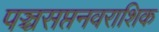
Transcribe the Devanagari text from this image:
पञ्चसप्तनवराशिक